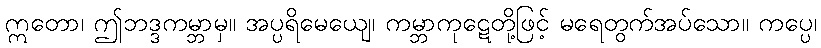
ဣတော၊ ဤဘဒ္ဒကမ္ဘာမှ။ အပ္ပရိမေယျေ၊ ကမ္ဘာကုဋေတို့ဖြင့် မရေတွက်အပ်သော။ ကပ္ပေ၊